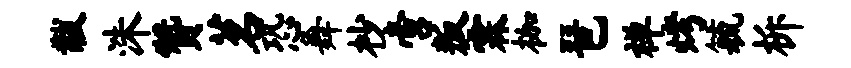
黻洙赞茗恐舞杪啻叛霖枷琶禅烤毓柝